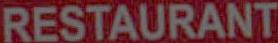
RESTAURANT